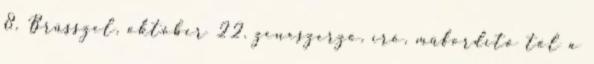
8. Brüsszel, október 22. zeneszerző, író, műfordító től a